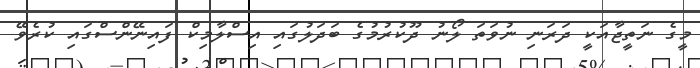
މީގެ ނަތީޖާއަކީ ދަރަނި ނުވަތަ ލޯނު ދޫކުރުމުގެ ބަދަލުގައި އިސްލާމިކް ފައިނޭންސްގައި ކުރެވޭ